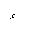
Letter: _hamza